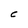
Character: C